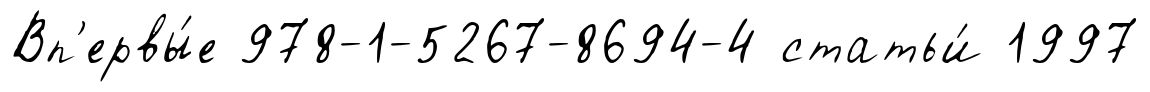
Вп'ервы́е 978-1-5267-8694-4 статьи́ 1997